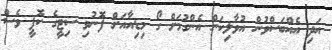
އަދި އެއްބަސްވުން އުވާލިކަން އެންގުމަށް ގޯ މިޑިއާއަށް ފޮނުވި ސިޓީގެ ކޮޕީ ވެސް